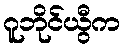
ဂူဘိုင်ယွီက